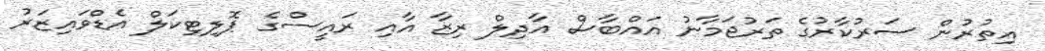
އިތުރުން ސަރުކާރުގެ ތަރުޖަމާނު އައްބާސް އާދިލް ރިޒާ އާއި ރައީސްގެ ޕޮލިޓިކަލް އެޑްވައިޒަރު